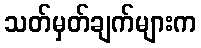
သတ်မှတ်ချက်များက